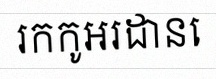
រកកូអរដោនេ